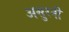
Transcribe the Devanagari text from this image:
असुरनी